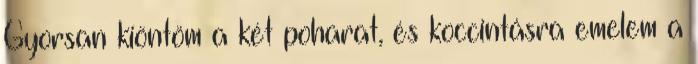
Gyorsan kiöntöm a két poharat, és koccintásra emelem a